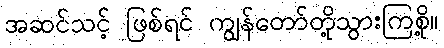
အဆင်သင့် ဖြစ်ရင် ကျွန်တော်တို့သွားကြစို့။